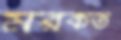
মরকত